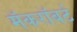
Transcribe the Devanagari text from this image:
मॅकरॉबर्ट